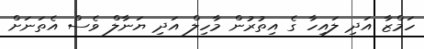
ހަމްޒާ އަދި ލައިހާ ގެ އިތުރުން މާހިލް އަދި ޔަނާލް ވެސް އެތަނަށް